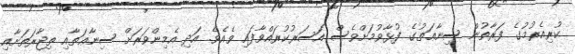
ކުރިއެރުމުގެ ފަރާތުން ސިނާޢަތުގެ ފުޅާވުމަށްވެސް އަސަރުކުރައްވާފައި ވެއެވެ. އަދި އެމިންވަރަށް ސިނާޢަތާއި ތިޖާރަތަށާއި